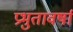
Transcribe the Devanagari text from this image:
प्रभुतावर्षा